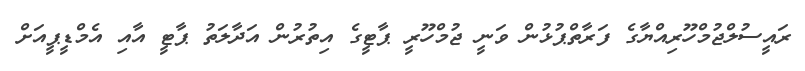
ރައީސުލްޖުމްހޫރިއްޔާގެ ފަރާތްޕުޅުން ވަނީ ޖުމްހޫރީ ޕާޓީގެ އިތުރުން އަދާލަތު ޕާޓީ އާއި އެމްޑީޕީއަށް